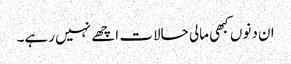
ان دنوں کبھی مالی حالات اچھے نہیں رہے۔